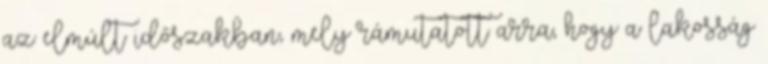
az elmúlt időszakban, mely rámutatott arra, hogy a lakosság